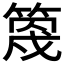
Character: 𥯣